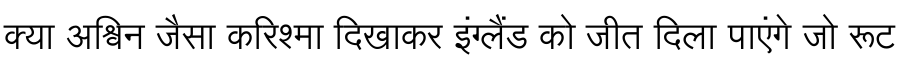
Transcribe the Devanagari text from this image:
क्या अश्विन जैसा करिश्मा दिखाकर इंग्लैंड को जीत दिला पाएंगे जो रूट